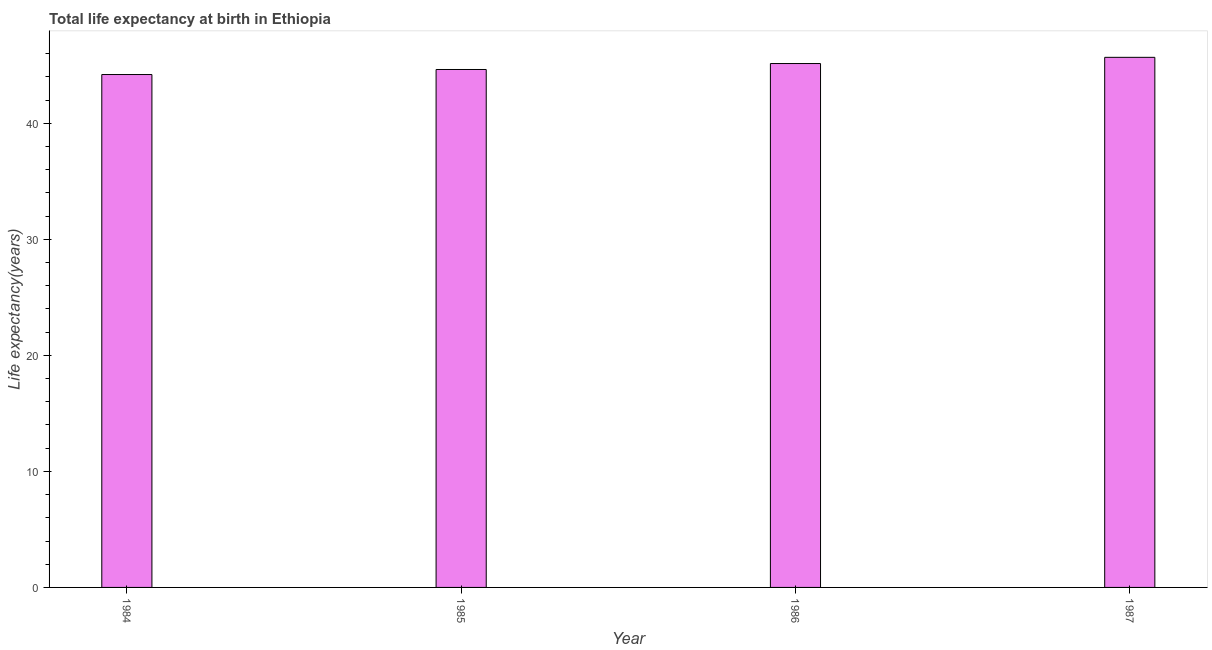
| Year | Life expectancy at birth |
 | --- | --- |
 | 1984 | 44.2 |
 | 1985 | 44.6 |
 | 1986 | 45.1 |
 | 1987 | 45.7 |